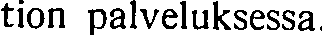
tion palveluksessa.